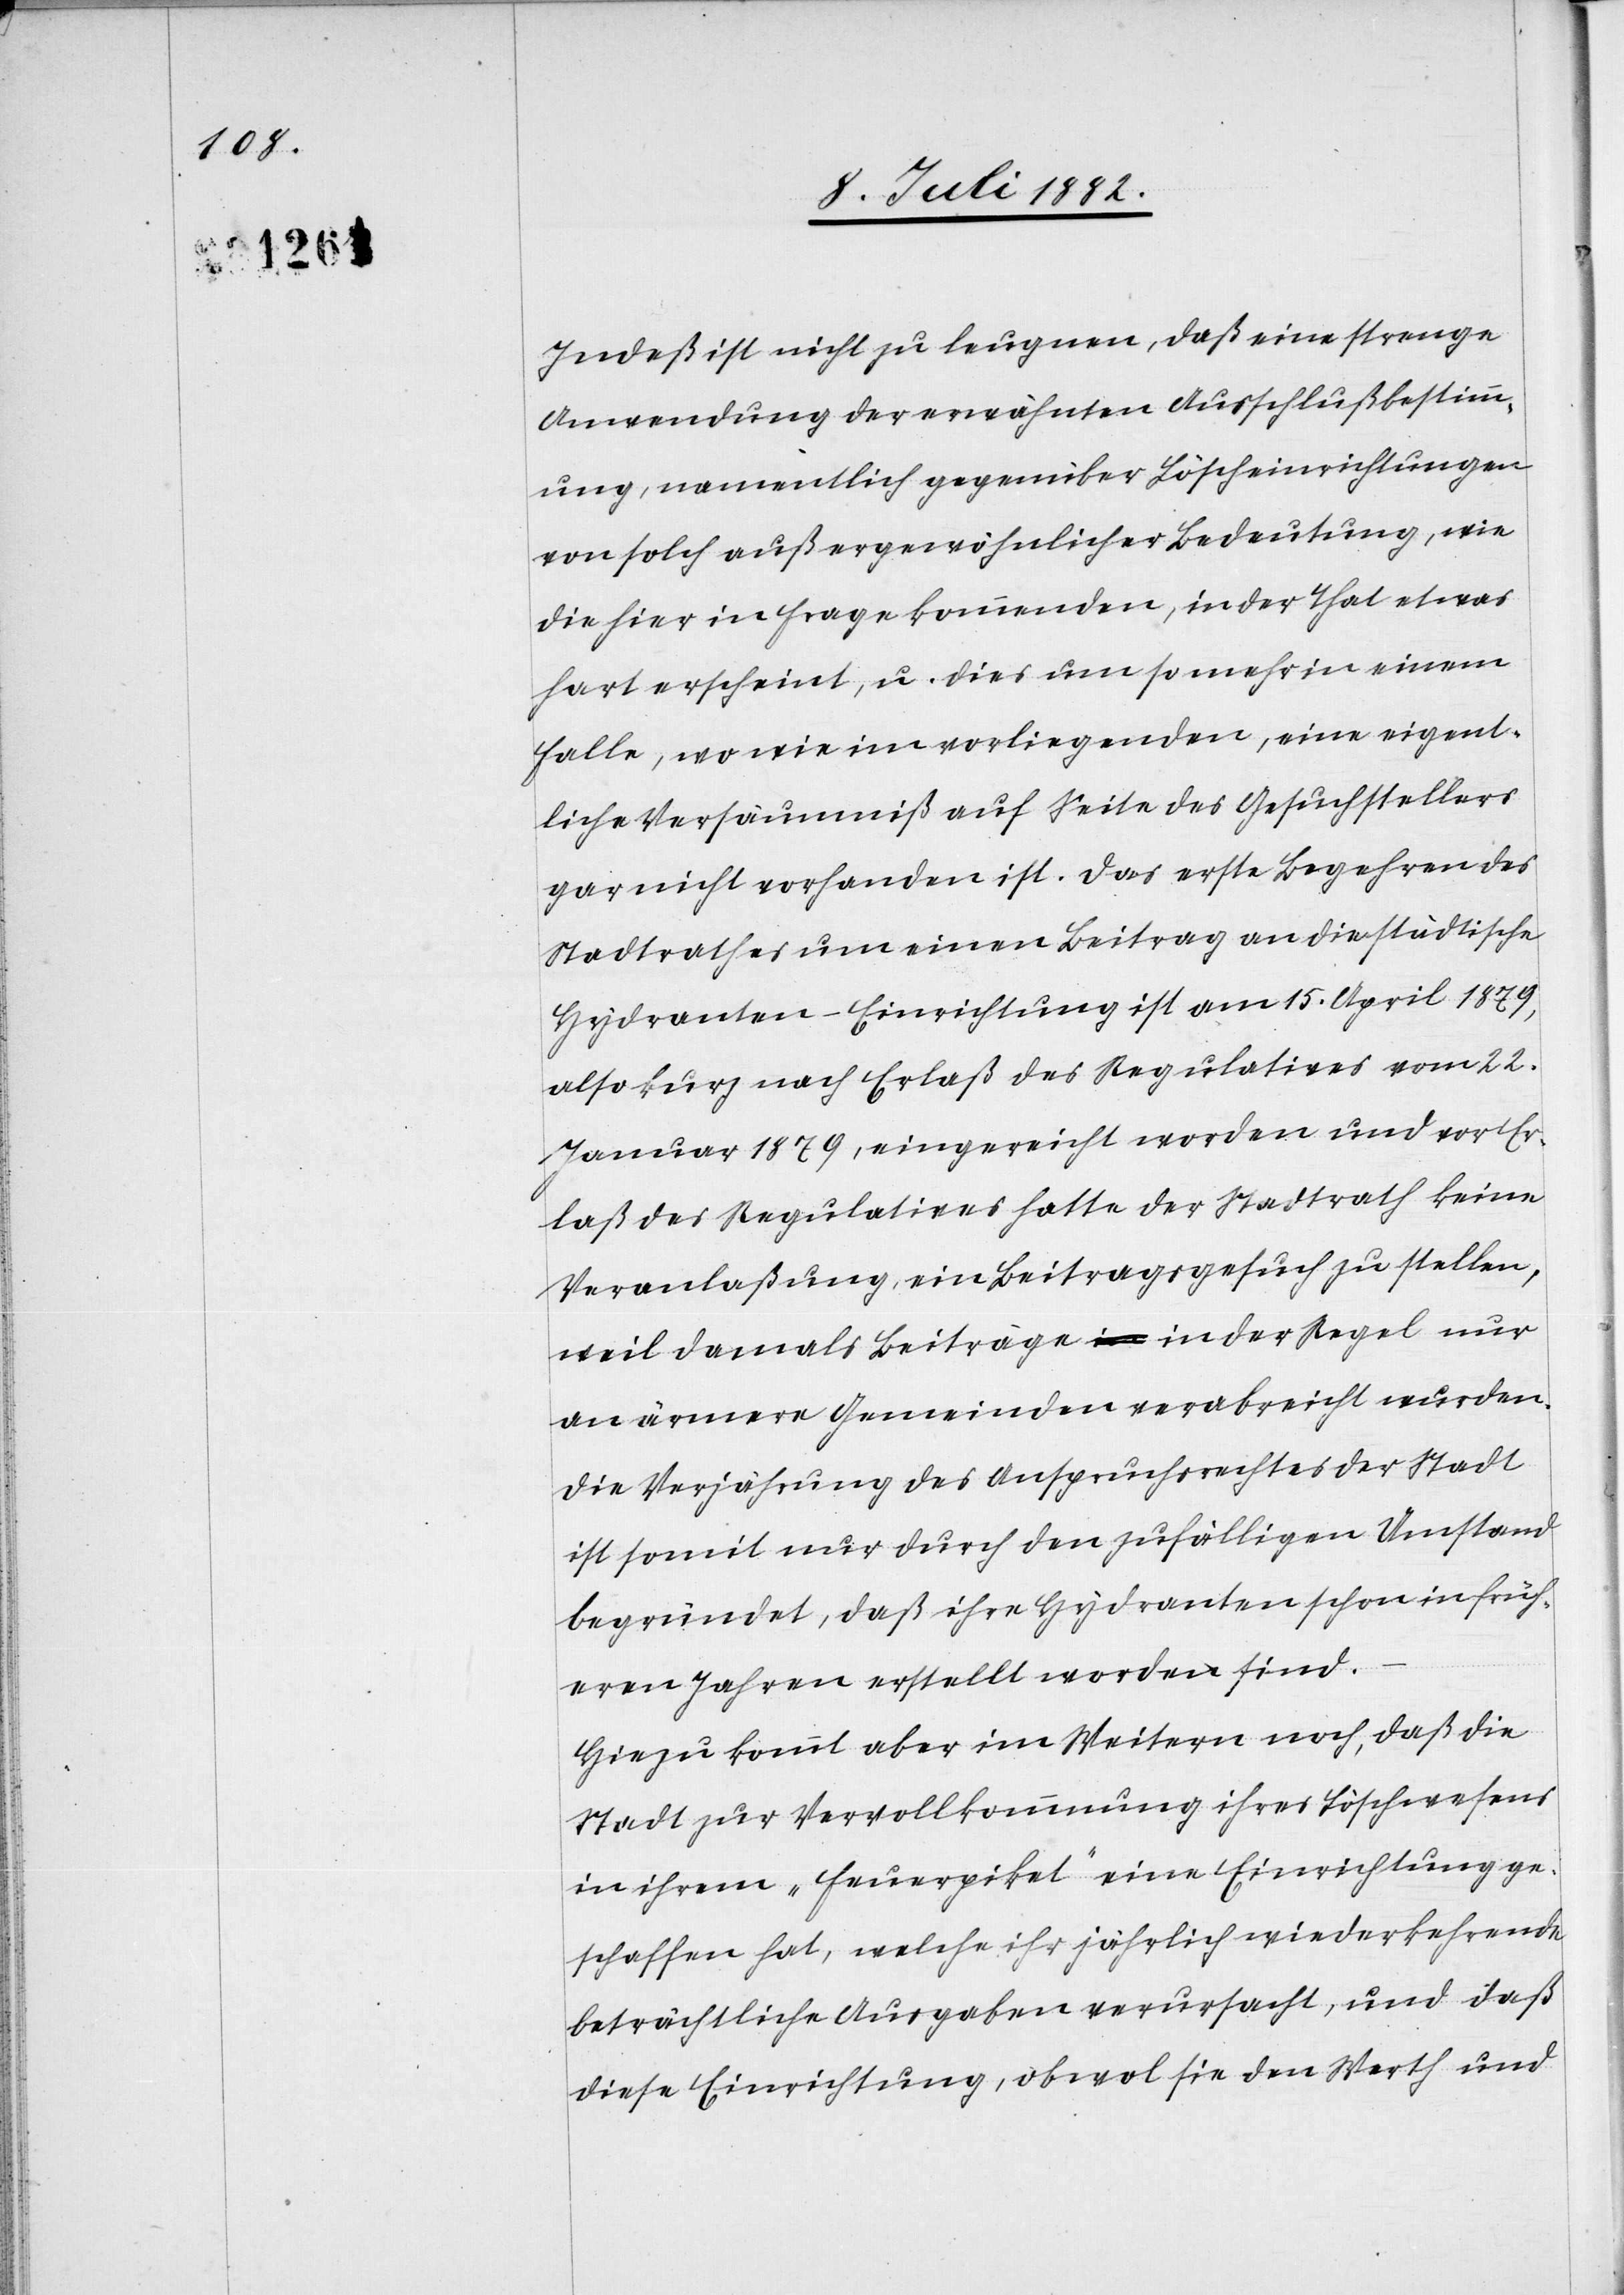
Indeß ist nicht zu leugnen, daß eine strenge
Anwendung der erwähnten Ausschlußbestimm¬
ung, namentlich gegenüber Löscheinrichtungen
von solch außergewöhnlicher Bedeutung, wie
die hier in Frage kommenden, in der That etwas
hart erscheint, u. dies um so mehr in einem
Falle, wo wie im vorliegenden, eine eigent¬
liche Versäumniß auf Seite des Gesuchstellers
gar nicht vorhanden ist. Das erste Begehren des
Stadtrathes um einen Beitrag an die städtische
Hydranten-Einrichtung ist am 15. April 1879,
also kurz nach Erlaß des Regulatives vom 22.
Januar 1879, eingereicht worden und vor Er¬
laß des Regulatives hatte der Stadtrath keine
Veranlaßung, ein Beitragsgesuch zu stellen,
weil damals Beiträge in der Regel nur
an ärmere Gemeinden verabreicht wurden.
Die Verjährung des Anspruchsrechtes der Stadt
ist somit nur durch den zufälligen Umstand
begründet, daß ihre Hydranten schon in früh¬
eren Jahren erstellt worden sind.
Hiezu kommt aber im Weitern noch, daß die
Stadt zur Vervollkommnung ihres Löschwesens
in ihrem „Feuerpiket“ eine Einrichtung ge¬
schaffen hat, welche ihr jährlich wiederkehrende
beträchtliche Ausgaben verursacht, und daß
diese Einrichtung, obwol sie den Werth und